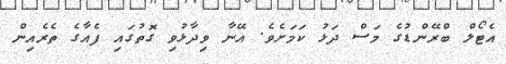
އެޓޯލް ބްރޭންޑުގެ މަސް ދަޅު ކަމަށެވެ. އޭނާ ވިދާޅުވި ގޮތުގައި ފެއާގެ ތެރެއިން